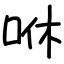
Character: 咻